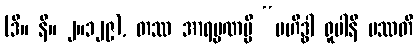
(ဒီ။ နိ။ ၂။၁၂၉), တဿ အာရမ္မဏမ္ပိ “ဗဟိဒ္ဓါ ရူပါနိ ပဿတိ